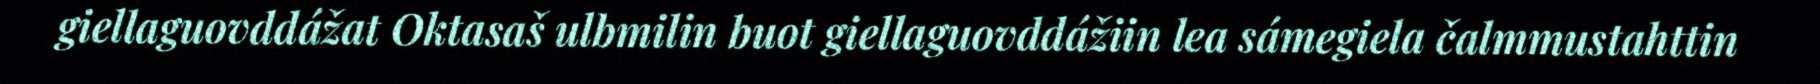
giellaguovddážat Oktasaš ulbmilin buot giellaguovddážiin lea sámegiela čalmmustahttin